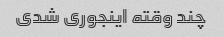
چند وقته اینجوری شدی